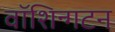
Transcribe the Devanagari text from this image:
वॉशिन्गटन